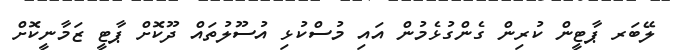
ލޭބަރ ޕާޓީން ކުރިން ގެންގުޅެމުން އައި މުސްކުޅި އުސޫލުތައް ދޫކޮށް ޕާޓީ ޒަމާނީކޮށް